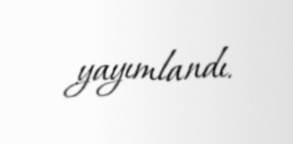
yayımlandı.